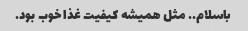
باسلام.. مثل همیشه کیفیت غذا خوب بود.